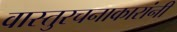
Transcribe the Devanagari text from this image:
वास्तुरचनाकारांनी